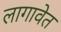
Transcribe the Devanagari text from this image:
लागावेत